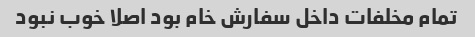
تمام مخلفات داخل سفارش خام بود اصلا خوب نبود